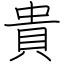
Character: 貴